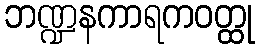
ဘဏ္ဍနကာရကဝတ္ထု